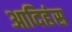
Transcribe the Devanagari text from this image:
आदिहंस